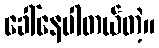
ခေါ်နေပါတယ်တဲ့။